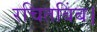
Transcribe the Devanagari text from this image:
रचितबिंब।